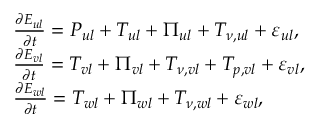
\begin{array} { r l } & { \frac { \partial E _ { u l } } { \partial t } = { P } _ { u l } + T _ { u l } + \Pi _ { u l } + T _ { \nu , u l } + \varepsilon _ { u l } , } \\ & { \frac { \partial E _ { v l } } { \partial t } = T _ { v l } + \Pi _ { v l } + T _ { \nu , v l } + T _ { p , v l } + \varepsilon _ { v l } , } \\ & { \frac { \partial E _ { w l } } { \partial t } = T _ { w l } + \Pi _ { w l } + T _ { \nu , w l } + \varepsilon _ { w l } , } \end{array}